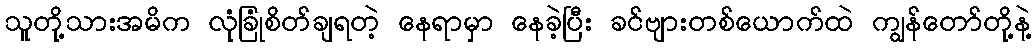
သူတို့သားအမိက လုံခြုံစိတ်ချရတဲ့ နေရာမှာ နေခဲ့ပြီး ခင်ဗျားတစ်ယောက်ထဲ ကျွန်တော်တို့နဲ့